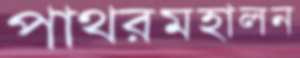
পাথরমহালন